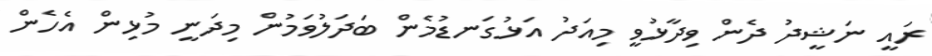
ރައީ ނަޝީދު ދެން ވިދާޅުވީ މިއަދު އަޅުގަނޑުމެން ބަދަލުވަމުން މިދަނީ މުޅިން އެހެން